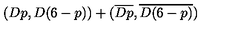
( D p , D ( 6 - p ) ) + ( \overline { { D p } } , \overline { { D ( 6 - p ) } } )